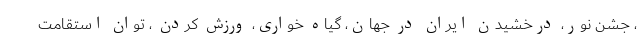
، جشن نور، درخشیدن ایران در جهان، گیاه خواری، ورزش کردن ، توان استقامت